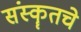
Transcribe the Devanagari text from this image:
संस्कॄतचे